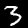
Digit: 3